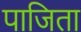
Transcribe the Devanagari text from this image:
पाजिता